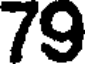
79